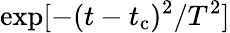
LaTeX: \exp[-(t-t_{\mathrm{c}})^{2}/T^{2}]